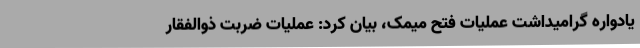
یادواره گرامیداشت عملیات فتح میمک، بیان کرد: عملیات ضربت ذوالفقار